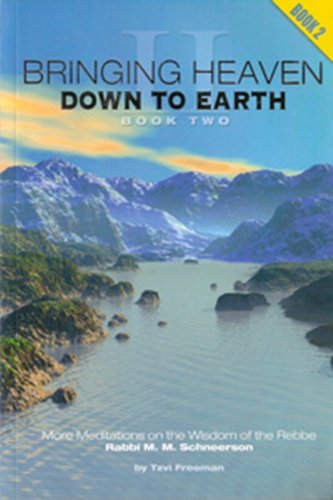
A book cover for Bringing Heaven Down to Earth - Book II; Tzvi Freeman; Religion & Spirituality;